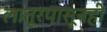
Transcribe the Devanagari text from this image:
लातूरपासूनही